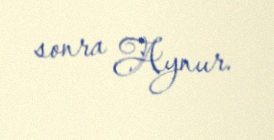
sonra Aynur.